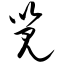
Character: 览